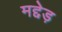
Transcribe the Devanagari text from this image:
मद्देड़